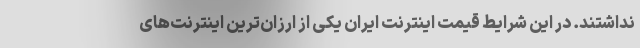
نداشتند. در این شرایط قیمت اینترنت ایران یکی از ارزان‌ترین اینترنت‌های